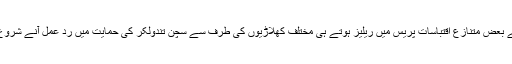
کتاب کے بعض متنازع اقتباسات پریس میں ریلیز ہوتے ہی مختلف کھلاڑیوں کی طرف سے سچن تندولکر کی حمایت میں رد عمل آنے شروع ہوگئے۔